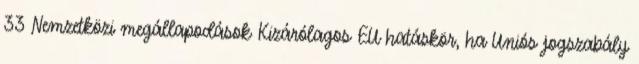
33 Nemzetközi megállapodások Kizárólagos EU hatáskör, ha Uniós jogszabály